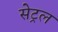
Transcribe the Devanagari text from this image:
सेट्रल